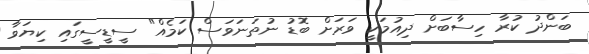
ބަންދު ކުރާ ހިސާބަށް ދިއުމަކީ ވަރަށް ބޮޑު ނުތަނަވަސް ކަމެއް" ސީޑީސީގައި ކިޔަވާ